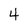
Character: 4